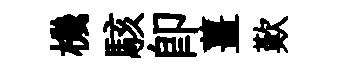
機駭即薑歎